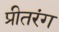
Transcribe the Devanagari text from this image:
प्रीतरंग